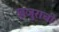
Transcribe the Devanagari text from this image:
खजुराची